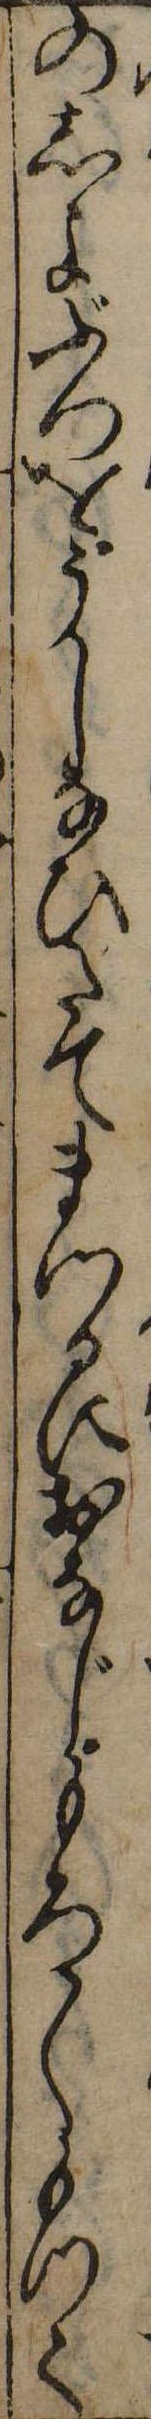
のしよぶつをうしなひたてまつるにおなじもろ〱もつて